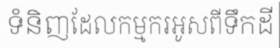
ទំនិញដែលកម្មករអូសពីទឹកដី